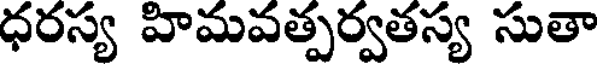
ధరస్య హిమవత్పర్వతస్య సుతా